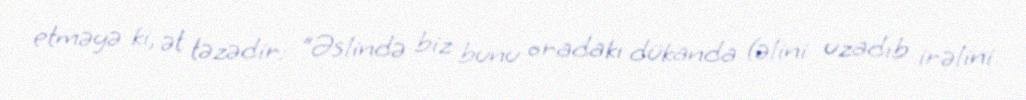
etməyə ki, ət təzədir: “Əslində biz bunu oradakı dükanda (əlini uzadıb irəlini